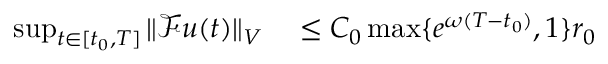
\begin{array} { r l } { \operatorname* { s u p } _ { t \in [ t _ { 0 } , T ] } \Vert \mathcal { F } u ( t ) \Vert _ { V } } & { { } \leq C _ { 0 } \operatorname* { m a x } \{ e ^ { \omega ( T - t _ { 0 } ) } , 1 \} r _ { 0 } } \end{array}